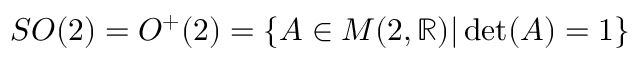
S O ( 2 ) = O ^ { + } ( 2 ) = \{ A \in M ( 2 , \mathbb { R } ) | \operatorname* { d e t } ( A ) = 1 \}